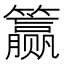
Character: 𰪣